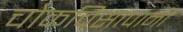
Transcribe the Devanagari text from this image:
चोकचिसापानी